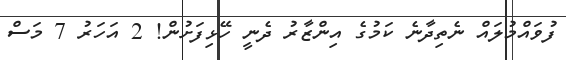
ފުވައްމުލައް ނެތިދާނެ ކަމުގެ އިންޒާރު ދެނީ ހޭޅިފަށުން! 2 އަހަރު 7 މަސް